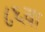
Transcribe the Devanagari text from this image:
८६वा